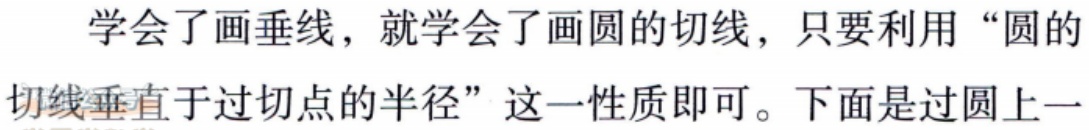
学会了画垂线，就学会了画圆的切线，只要利用 “圆的
切线垂直于过切点的半径” 这一性质即可。下面是过圆上一